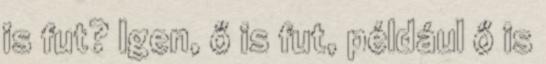
is fut? Igen, ő is fut, például ő is